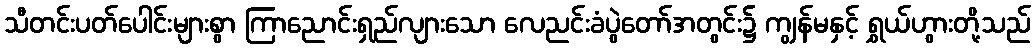
သီတင်းပတ်ပေါင်းများစွာ ကြာညောင်းရှည်လျားသော လေညင်းခံပွဲတော်အတွင်း၌ ကျွန်မနှင့် ရွှယ်ဟွားတို့သည်